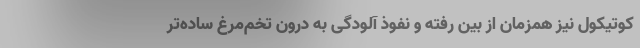
کوتیکول نیز همزمان از بین رفته و نفوذ آلودگی به درون تخم‌مرغ ساده‌تر